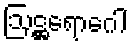
ဩဋ္ဌရောဂေါ